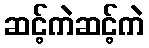
ဆင့်ကဲဆင့်ကဲ